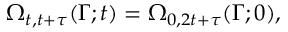
\Omega _ { t , t + \tau } ( \Gamma ; t ) = \Omega _ { 0 , 2 t + \tau } ( \Gamma ; 0 ) ,